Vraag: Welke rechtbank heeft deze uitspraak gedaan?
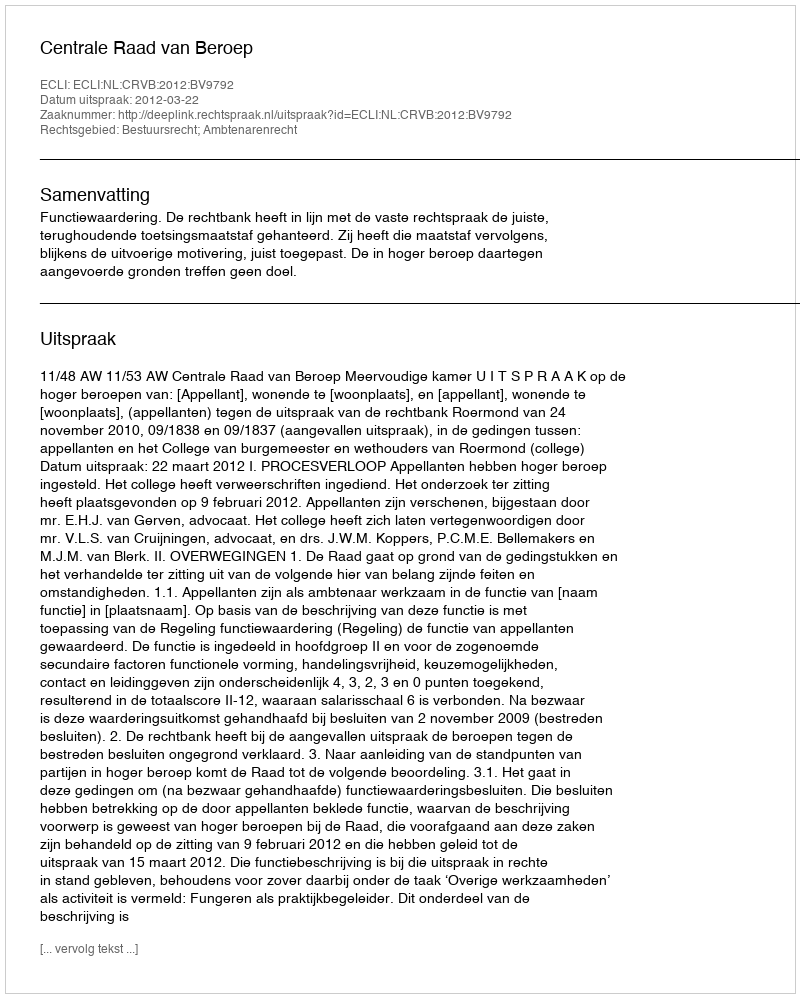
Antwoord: Centrale Raad van Beroep